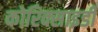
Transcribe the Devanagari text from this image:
कोरिक्साइडी